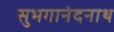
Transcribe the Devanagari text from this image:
सुभगानंदनाथ